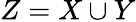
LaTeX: Z=X\cup Y